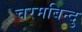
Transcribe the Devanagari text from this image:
चरमबिन्दु